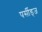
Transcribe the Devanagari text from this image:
पर्सीड्‌ज